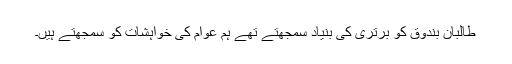
طالبان بندوق کو برتری کی بنیاد سمجھتے تھے ہم عوام کی خواہشات کو سمجھتے ہیں۔